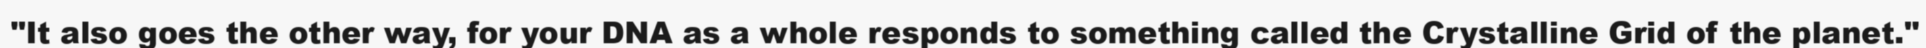
"It also goes the other way, for your DNA as a whole responds to something called the Crystalline Grid of the planet."